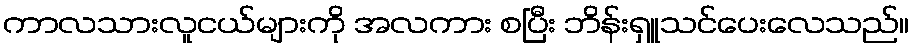
ကာလသားလူငယ်များကို အလကား စပြီး ဘိန်းရှူသင်ပေးလေသည်။